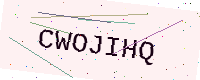
Text: CWOJIHQ